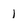
Character: 1